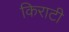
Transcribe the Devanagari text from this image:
किराटी